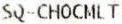
SQ-CHOCMLT